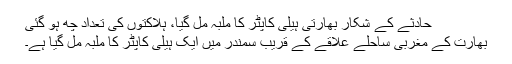
حادثے کے شکار بھارتی ہیلی کاپٹر کا ملبہ مل گیا، ہلاکتوں کی تعداد چھ ہو گئی
بھارت کے مغربی ساحلے علاقے کے قریب سمندر میں ایک ہیلی کاپٹر کا ملبہ مل گیا ہے۔